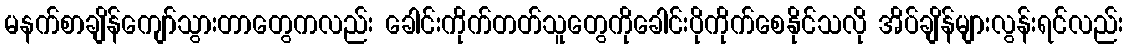
မနက်စာချိန်ကျော်သွားတာတွေကလည်း ခေါင်းကိုက်တတ်သူတွေကိုခေါင်းပိုကိုက်စေနိုင်သလို အိပ်ချိန်များလွန်းရင်လည်း